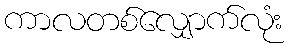
ကာလတစ်လျှောက်လုံး